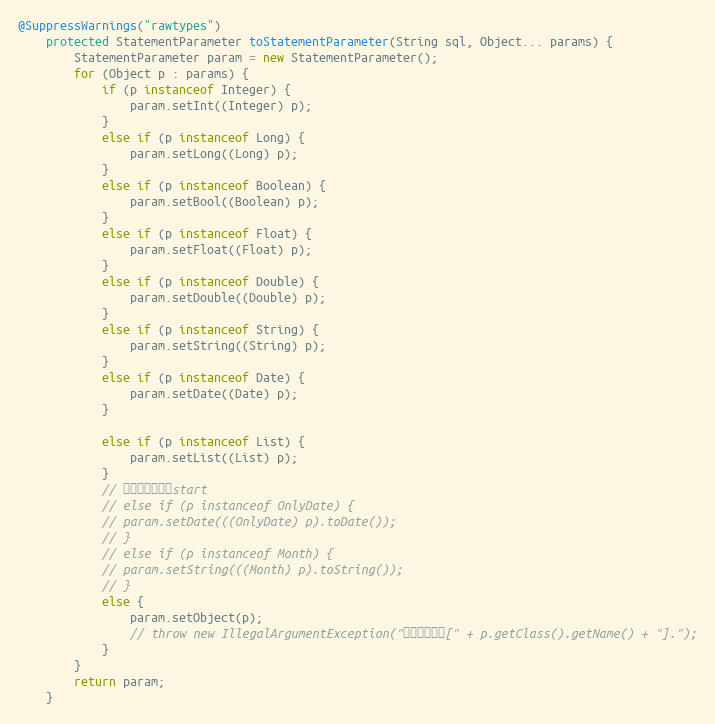
Language: Java
@SuppressWarnings("rawtypes")
	protected StatementParameter toStatementParameter(String sql, Object... params) {
		StatementParameter param = new StatementParameter();
		for (Object p : params) {
			if (p instanceof Integer) {
				param.setInt((Integer) p);
			}
			else if (p instanceof Long) {
				param.setLong((Long) p);
			}
			else if (p instanceof Boolean) {
				param.setBool((Boolean) p);
			}
			else if (p instanceof Float) {
				param.setFloat((Float) p);
			}
			else if (p instanceof Double) {
				param.setDouble((Double) p);
			}
			else if (p instanceof String) {
				param.setString((String) p);
			}
			else if (p instanceof Date) {
				param.setDate((Date) p);
			}

			else if (p instanceof List) {
				param.setList((List) p);
			}
			// 自定义数据类型start
			// else if (p instanceof OnlyDate) {
			// param.setDate(((OnlyDate) p).toDate());
			// }
			// else if (p instanceof Month) {
			// param.setString(((Month) p).toString());
			// }
			else {
				param.setObject(p);
				// throw new IllegalArgumentException("未知数据类型[" + p.getClass().getName() + "].");
			}
		}
		return param;
	}